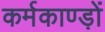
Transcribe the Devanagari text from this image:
कर्मकाण्ड़ों